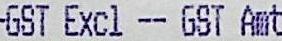
GST EXCL -- GST AMT